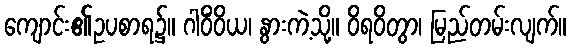
ကျောင်း၏ဥပစာရ၌။ ဂါဝိံဝိယ၊ နွားကဲ့သို့။ ဝိရဝိတွာ၊ မြည်တမ်းလျက်။